Cholera in southern India
Disease focus: Cholera
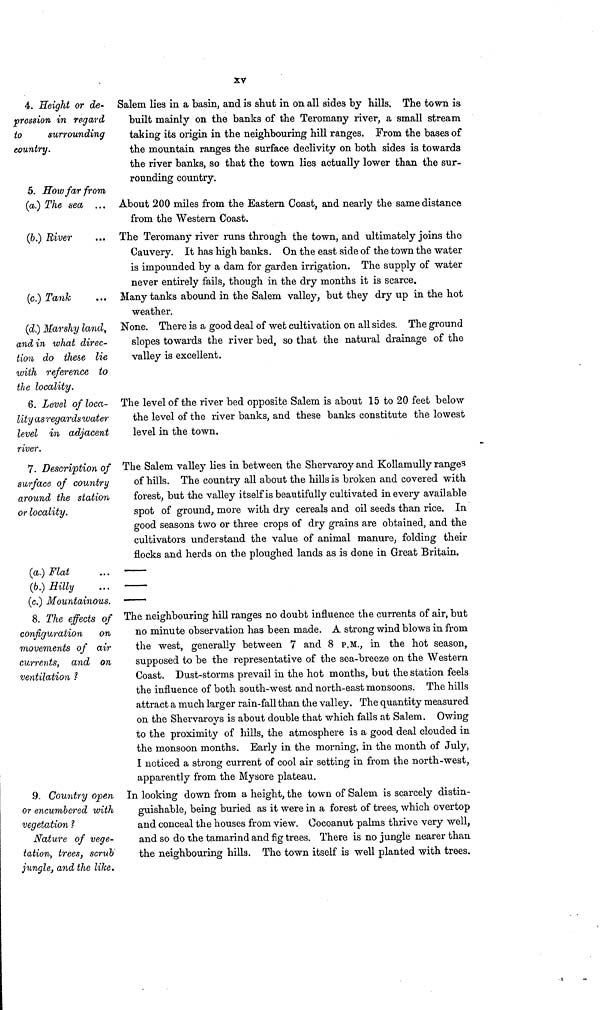
XV
4. Height or de-
pression in regard
to
surrounding
country.
Salem lies in a basin, and is shut in on all sides by hills, The town is
built mainly on the banks of the Teromany river, a small stream
taking its origin in the neighbouring hill ranges. From the bases of
the mountain ranges the surface declivity on both sides is towards
the river banks, so that the town lies actually lower than the sur-
rounding country.
5. How far from
(a.) The sea ... About 200 miles from the Eastern Coast, and nearly the same distance
from the Western Coast.
(6.) River
The Teromany river runs through the town, and ultimately joins the
Cauvery. It has high banks. On the east side of the town the water
is impounded by a dam for garden irrigation. The supply of water
never entirely fails, though in the dry months it is scarce.
(c.) Tank
Many tanks abound in the Salem valley, but they dry up in the hot
weather.
(d.) Marshy land,
and in what direc-
tion do these lie
with reference to
the locality.
None. There is a good deal of wet cultivation on all sides. The ground
slopes towards the river bed, so that the natural drainage of the
valley is excellent.
6. Level of loca-
lity asregards water
level in adjacent
river.
The level of the river bed opposite Salem is about 15 to 20 feet below
the level of the river banks, and these banks constitute the lowest
level in the town.
7. Description of
surface of country
around the station
or locality.
The Salem valley lies in between the Shervaroy and Kollamully ranges
of hills. The country all about the hills is broken and covered with
forest, but the valley itself is beautifully cultivated in every available
spot of ground, more with dry cereals and oil seeds than rice. In
good seasons two or three crops of dry grains are obtained, and the
cultivators understand the value of animal manure, folding their
flocks and herds on the ploughed lands as is done in Great Britain.
(a.) Flat ...
(b.) Hilly ...
(c.) Mountainous.
8. The effects of
configuration
on
movements of air
currents, and on
ventilation ?
The neighbouring hill ranges no doubt influence the currents of air, but
no minute observation has been made. A strong wind blows in from
the west, generally between 7 and 8 P.M., in the hot season,
supposed to be the representative of the sea-breeze on the Western
Coast. Dust-storms prevail in the hot months, but the station feels
the influence of both south-west and north-east monsoons. The hills
attract a much larger rain-fall than the valley. The quantity measured
on the Shervaroys is about double that which falls at Salem. Owing
to the proximity of hills, the atmosphere is a good deal clouded in
the monsoon months. Early in the morning, in the month of July,
I noticed a strong current of cool air setting in from the north-west,
apparently from the Mysore plateau.
9. Country open
or encumbered with
vegetation ?
Nature of vege-
tation, trees, scrub
jungle, and the like.
In looking down from a height, the town of Salem is scarcely distin-
guishable, being buried as it were in a forest of trees, which overtop
and conceal the houses from view. Cocoanut palms thrive very well,
and so do the tamarind and fig trees. There is no jungle nearer than
the neighbouring hills. The town itself is well planted with trees.